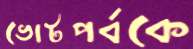
ভোটপর্বকে